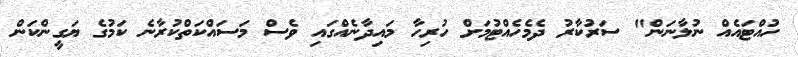
ހުއްޓައެއް ނުލާނަން" ސަރުކާރު ދެމެހެއްޓުމަށް ހުރިހާ މައިދާނެއްގައި ވެސް މަސައްކަތްކުރާނެ ކަމުގެ ޔަގީންކަން